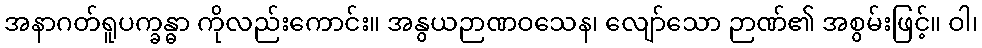
အနာဂတ်ရူပက္ခန္ဓာ ကိုလည်းကောင်း။ အနွယဉာဏဝသေန၊ လျော်သော ဉာဏ်၏ အစွမ်းဖြင့်။ ဝါ၊